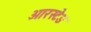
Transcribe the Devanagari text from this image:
आरस्टेड